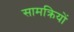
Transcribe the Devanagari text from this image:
सामक्रियों